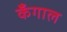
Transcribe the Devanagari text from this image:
कँगाल